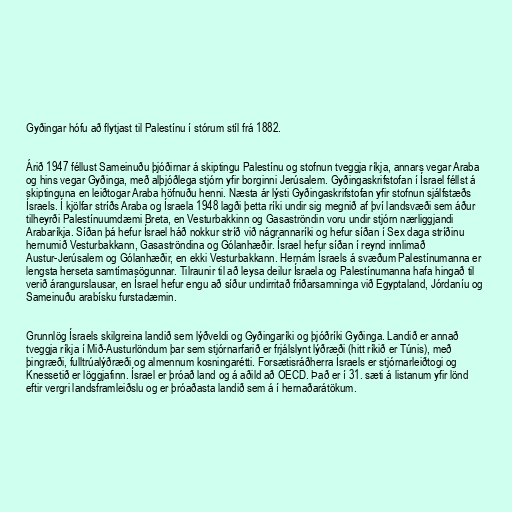
Gyðingar hófu að flytjast til Palestínu í stórum stíl frá 1882.

Árið 1947 féllust Sameinuðu þjóðirnar á skiptingu Palestínu og stofnun tveggja ríkja, annars vegar Araba
og hins vegar Gyðinga, með alþjóðlega stjórn yfir borginni Jerúsalem. Gyðingaskrifstofan í Ísrael féllst á
skiptinguna en leiðtogar Araba höfnuðu henni. Næsta ár lýsti Gyðingaskrifstofan yfir stofnun sjálfstæðs
Ísraels. Í kjölfar stríðs Araba og Ísraela 1948 lagði þetta ríki undir sig megnið af því landsvæði sem áður
tilheyrði Palestínuumdæmi Breta, en Vesturbakkinn og Gasaströndin voru undir stjórn nærliggjandi
Arabaríkja. Síðan þá hefur Ísrael háð nokkur stríð við nágrannaríki og hefur síðan í Sex daga stríðinu
hernumið Vesturbakkann, Gasaströndina og Gólanhæðir. Ísrael hefur síðan í reynd innlimað
Austur-Jerúsalem og Gólanhæðir, en ekki Vesturbakkann. Hernám Ísraels á svæðum Palestínumanna er
lengsta herseta samtímasögunnar. Tilraunir til að leysa deilur Ísraela og Palestínumanna hafa hingað til
verið árangurslausar, en Ísrael hefur engu að síður undirritað friðarsamninga við Egyptaland, Jórdaníu og
Sameinuðu arabísku furstadæmin.

Grunnlög Ísraels skilgreina landið sem lýðveldi og Gyðingaríki og þjóðríki Gyðinga. Landið er annað
tveggja ríkja í Mið-Austurlöndum þar sem stjórnarfarið er frjálslynt lýðræði (hitt ríkið er Túnis), með
þingræði, fulltrúalýðræði og almennum kosningarétti. Forsætisráðherra Ísraels er stjórnarleiðtogi og
Knessetið er löggjafinn. Ísrael er þróað land og á aðild að OECD. Það er í 31. sæti á listanum yfir lönd
eftir vergri landsframleiðslu og er þróaðasta landið sem á í hernaðarátökum.